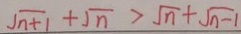
\sqrt { n + 1 } + \sqrt { n } > \sqrt { n } + \sqrt { n - 1 }